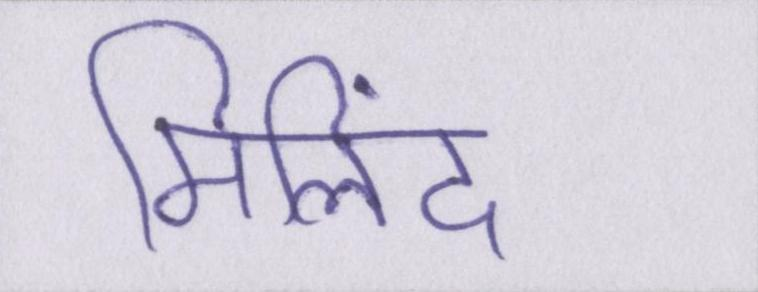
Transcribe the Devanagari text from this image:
मिलिंद